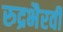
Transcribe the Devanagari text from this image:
रुद्रभैरवी